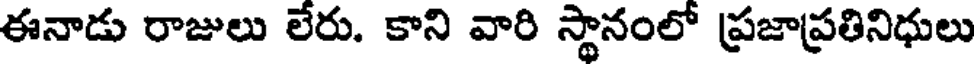
ఈనాడు రాజులు లేరు. కాని వారి స్థానంలో ప్రజాప్రతినిధులు